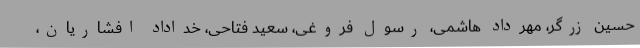
حسین زرگر، مهرداد هاشمی، رسول فروغی، سعید فتاحی، خداداد افشاریان،